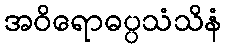
အဝိရောဓပ္ပသံသိနံ